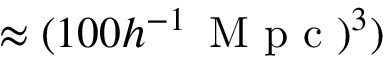
\approx ( 1 0 0 \ensuremath { h ^ { - 1 } } \, \mathrm { ~ M ~ p ~ c ~ } ) ^ { 3 } )